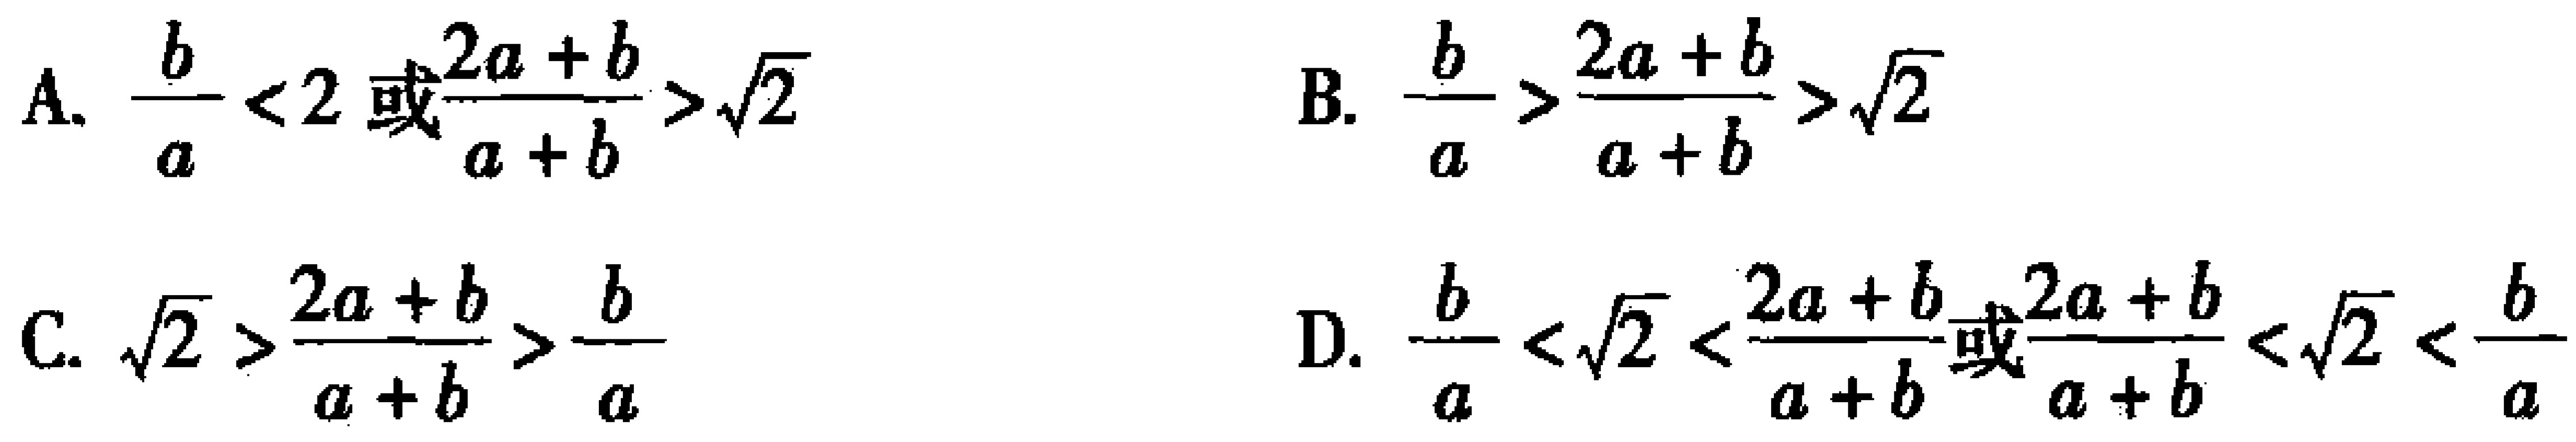
A. $\frac{b}{a}<2或\frac{2a + b}{a + b}>\sqrt{2}$

B. $\frac{b}{a}>\frac{2a + b}{a + b}>\sqrt{2}$

C. $\sqrt{2}>\frac{2a + b}{a + b}>\frac{b}{a}$

D. $\frac{b}{a}<\sqrt{2}<\frac{2a + b}{a + b}或\frac{2a + b}{a + b}<\sqrt{2}<\frac{b}{a}$